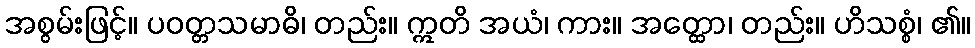
အစွမ်းဖြင့်။ ပဝတ္တသမာဓိ၊ တည်း။ ဣတိ အယံ၊ ကား။ အတ္ထော၊ တည်း။ ဟိသစ္စံ၊ ၏။